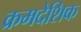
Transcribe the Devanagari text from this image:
क्रमदेशिक